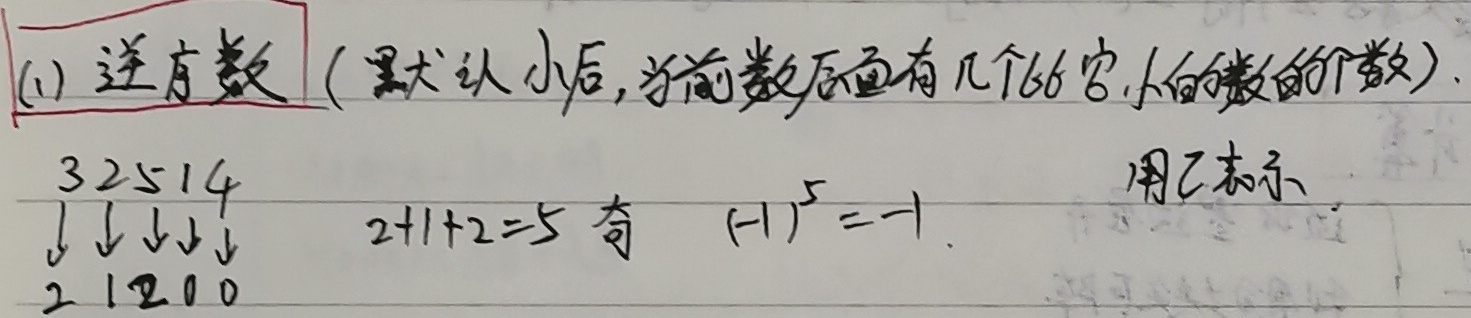
(1) 逆序数（默认从小后，当前数后面有几个比它小的数的个数）.
3 2 5 1 4
↓ ↓ ↓ ↓ ↓
2 1 2 0 0
\(2 + 1+2 = 5\)，奇，\((-1)^{5}=-1\)，用 \(\tau\) 表示